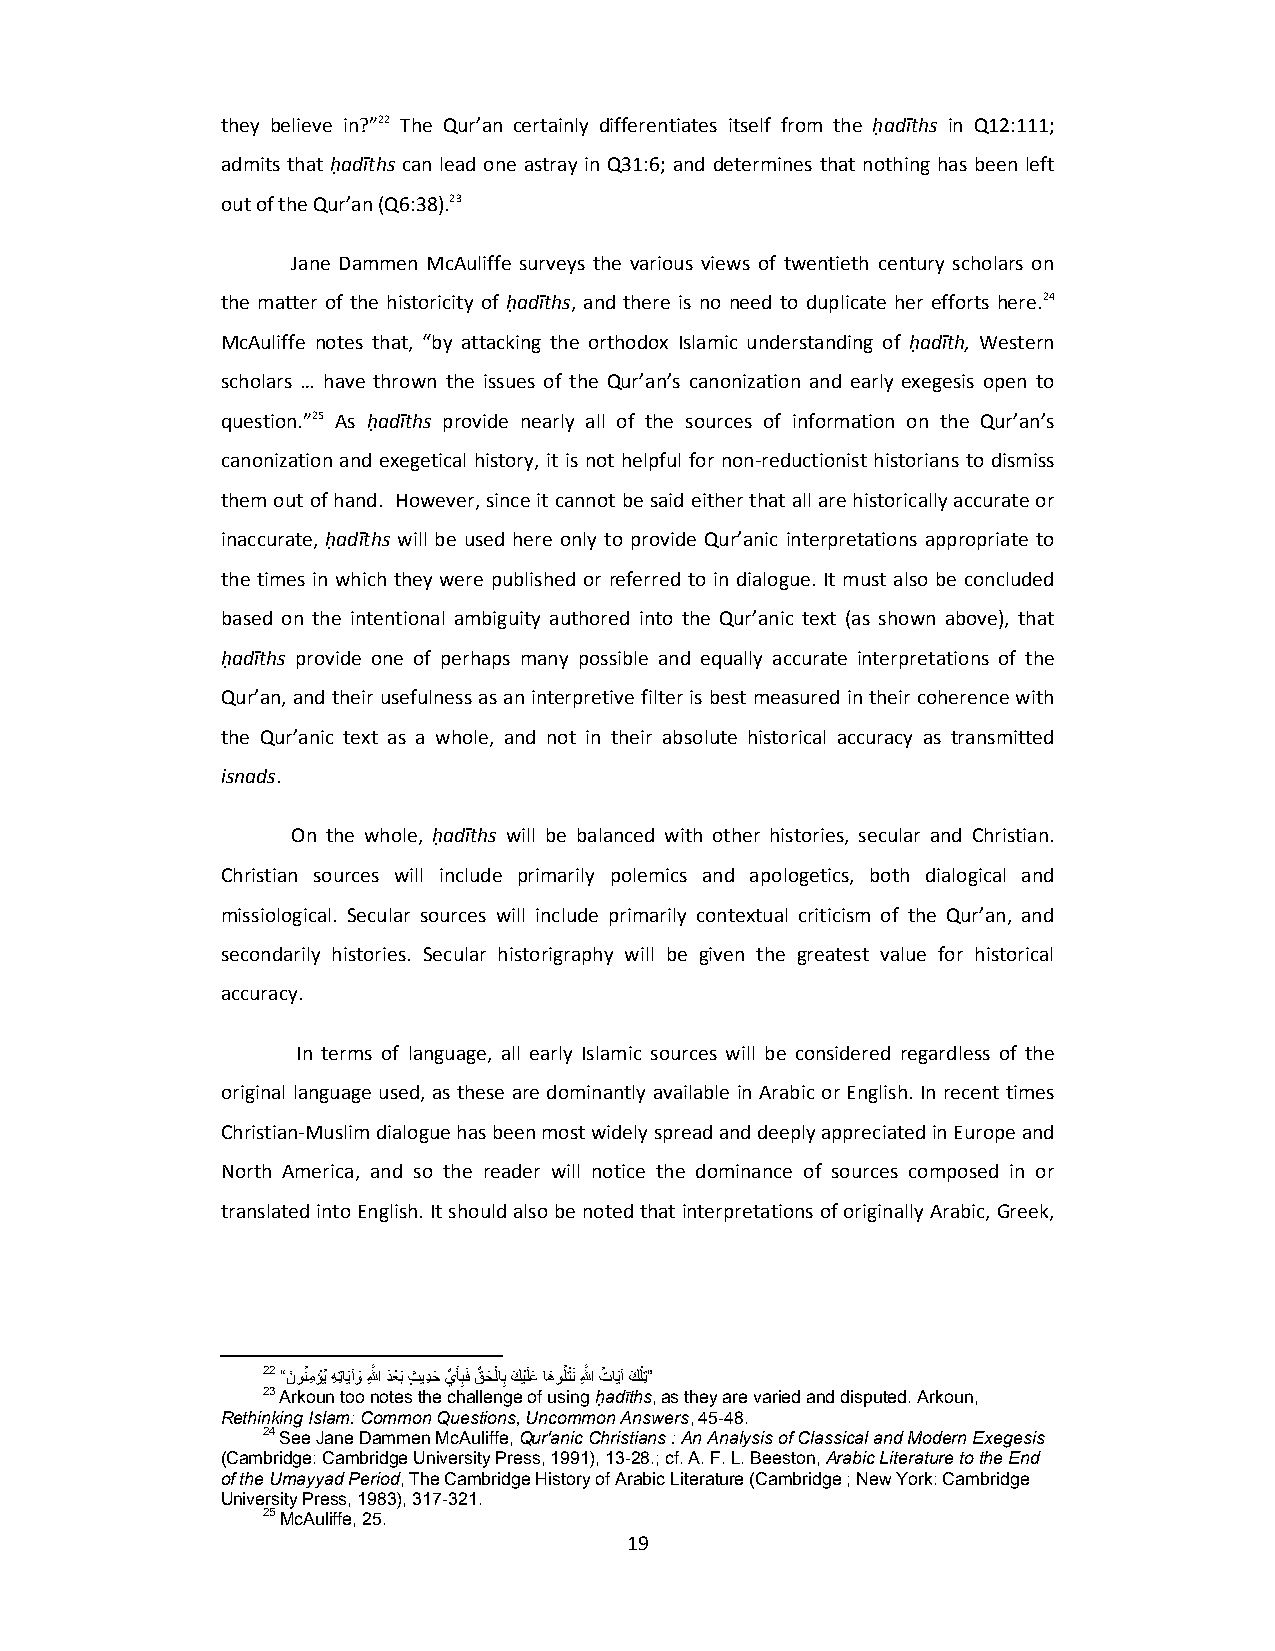
they believe in?”22 The Qur’an certainly differentiates itself from the ḥadīths in Q12:111;
 admits that ḥadīths can lead one astray in Q31:6; and determines that nothing has been left
 out of the Qur’an (Q6:38).23
 Jane Dammen McAuliffe surveys the various views of twentieth century scholars on
 the matter of the historicity of ḥadīths, and there is no need to duplicate her efforts here.24
 McAuliffe notes that, “by attacking the orthodox Islamic understanding of ḥadīth, Western
 scholars … have thrown the issues of the Qur’an’s canonization and early exegesis open to
 question.”25 As ḥadīths provide nearly all of the sources of information on the Qur’an’s
 canonization and exegetical history, it is not helpful for non‐reductionist historians to dismiss
 them out of hand. However, since it cannot be said either that all are historically accurate or
 inaccurate, ḥadīths will be used here only to provide Qur’anic interpretations appropriate to
 the times in which they were published or referred to in dialogue. It must also be concluded
 based on the intentional ambiguity authored into the Qur’anic text (as shown above), that
 ḥadīths provide one of perhaps many possible and equally accurate interpretations of the
 Qur’an, and their usefulness as an interpretive filter is best measured in their coherence with
 the Qur’anic text as a whole, and not in their absolute historical accuracy as transmitted
 isnads.
 On the whole, ḥadīths will be balanced with other histories, secular and Christian.
 Christian sources will include primarily polemics and apologetics, both dialogical and
 missiological. Secular sources will include primarily contextual criticism of the Qur’an, and
 secondarily histories. Secular historigraphy will be given the greatest value for historical
 accuracy.
 In terms of language, all early Islamic sources will be considered regardless of the
 original language used, as these are dominantly available in Arabic or English. In recent times
 Christian‐Muslim dialogue has been most widely spread and deeply appreciated in Europe and
 North America, and so the reader will notice the dominance of sources composed in or
 translated into English. It should also be noted that interpretations of originally Arabic, Greek,
 22 “ن َ ونُمِؤْيُ هِتِايَآوَ ﷲَِّ دَعْبَ ثٍ يدِحَ يِّ َأبِفَ قِّ حَ لْابِ كَ يَْلعَ اھَ وُلتْنَ ﷲَِّ تُ ايَآ كَ لْتِ”
 23 Arkoun too notes the challenge of using ḥadīths, as they are varied and disputed. Arkoun,
 Rethinking Islam: Common Questions, Uncommon Answers, 45-48.
 24 See Jane Dammen McAuliffe, Qur'anic Christians : An Analysis of Classical and Modern Exegesis
 (Cambridge: Cambridge University Press, 1991), 13-28.; cf. A. F. L. Beeston, Arabic Literature to the End
 of the Umayyad Period, The Cambridge History of Arabic Literature (Cambridge ; New York: Cambridge
 University Press, 1983), 317-321.
 25 McAuliffe, 25.
 19